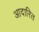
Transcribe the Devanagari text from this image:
आदारित